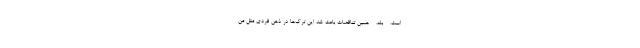
است. - بله. - همین تناقضات باعث شد این ترَک‌ها در ذهن فردی مثل من